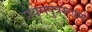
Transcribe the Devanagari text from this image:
प्रथमपुत्ररूपाने